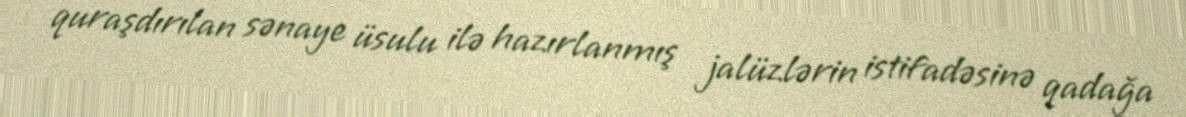
quraşdırılan sənaye üsulu ilə hazırlanmış jalüzlərin istifadəsinə qadağa